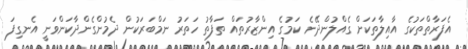
އެފަރާތްތަކުގެ އާއިލާތަކަށް ގެއްލުންދޭނެ ކަމުގެ އިންޒާރުތައް ތަފާތު ހަތަރު ނަމްބަރަކުން ދެމުންގެންދާކަންވަނީ އެނގިފަ